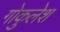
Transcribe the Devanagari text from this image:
गोकुलेश